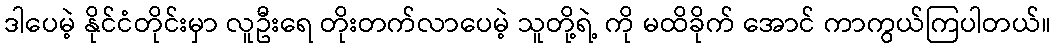
ဒါပေမဲ့ နိုင်ငံတိုင်းမှာ လူဦးရေ တိုးတက်လာပေမဲ့ သူတို့ရဲ့ ကို မထိခိုက် အောင် ကာကွယ်ကြပါတယ်။